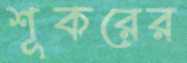
শূকরের